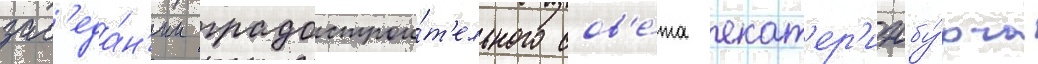
зас'еда́н'ии градострои́т'ельного сов'е́та екат'ер'инбу́рга